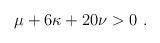
LaTeX: \begin{align*}\mu+6\kappa+20\nu>0\ .\end{align*}